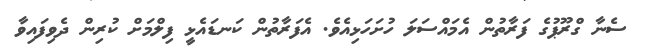
ސެނާ ގްރޫޕުގެ ފަރާތުން އެމައްސަލަ ހުށަހަޅިއެވެ. އެފަރާތުން ކަނޑައެޅީ ފިލްމަށް ކުރިން ދެވިފައިވާ